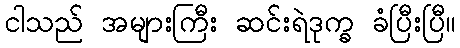
ငါသည် အများကြီး ဆင်းရဲဒုက္ခ ခံပြီးပြီ။